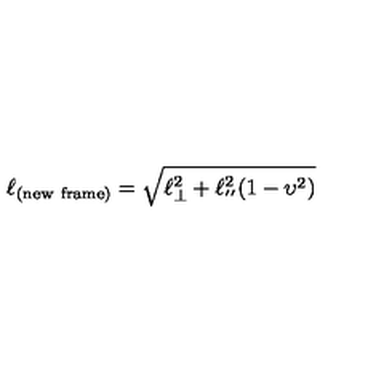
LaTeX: \ell _ { ( \mathrm { n e w \ f r a m e ) } } = \sqrt { \ell _ { \bot } ^ { 2 } + \ell _ { ' ^ { \prime } } ^ { 2 } ( 1 - \upsilon ^ { 2 } ) }